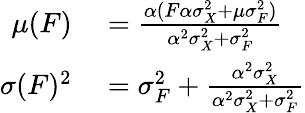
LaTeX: \begin{array}{rl}{\mu(F)}&{{}=\frac{\alpha(F\alpha\sigma_{X}^{2}+\mu\sigma_{F}^{2})}{\alpha^{2}\sigma_{X}^{2}+\sigma_{F}^{2}}}\\ {\sigma(F)^{2}}&{{}=\sigma_{F}^{2}+\frac{\alpha^{2}\sigma_{X}^{2}}{\alpha^{2}\sigma_{X}^{2}+\sigma_{F}^{2}}}\end{array}